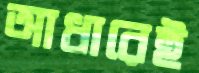
আধারেই